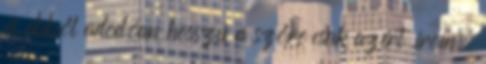
és ebből adodóan hosszú a szőre csak azért írom,